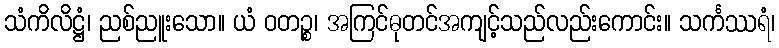
သံကိလိဋ္ဌံ၊ ညစ်ညူးသော။ ယံ ဝတဉ္စ၊ အကြင်ဓုတင်အကျင့်သည်လည်းကောင်း။ သင်္ကဿရံ၊